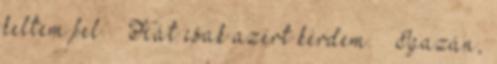
keltem fel. – Hát csak azért kérdem. – Igazán,